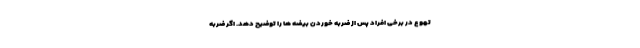
تهوع در برخی افراد پس از ضربه خوردن بیضه ها را توضیح دهد. اگر ضربه